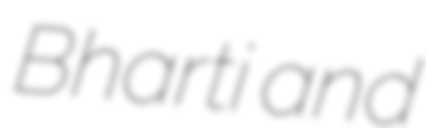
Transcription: Bharti and